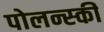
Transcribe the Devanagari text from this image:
पोलन्स्की